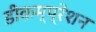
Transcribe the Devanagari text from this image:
डीकम्प्रेशन